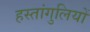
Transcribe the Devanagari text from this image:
हस्तांगुलियों